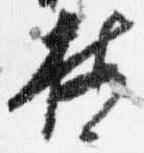
按